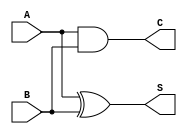
module add_half (S, C, A, B);
	input A, B;
	output S,C;
	wire AnandB;

	xor(S,A,B);
	nand(AnandB,A,B);
	not(C,AnandB);

endmodule